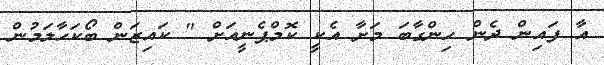
އާ ފައިން ދެން ހިންގާބަ މަށާ އެކީ ކޮމްޕެނީއަށް " ކައިޒަން ބޯކަހާލަމުން